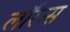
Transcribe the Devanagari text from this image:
लाॅरेन्स